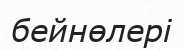
бейнөлері